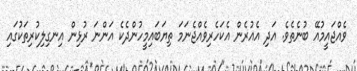
ވެއްޖައީމުއޭ ބުނެތެވެ. އަދި އެއުރެން އެކަހެރިވެއްޖެނަމަ ތިޔަބައިމީހުންދެކެ އަންނަ ރުޅިން އިނގިލިކުރިތަކުގައި